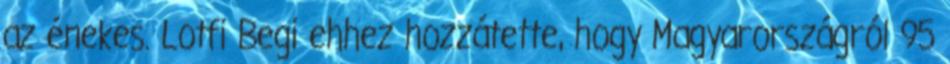
az énekes. Lotfi Begi ehhez hozzátette, hogy Magyarországról 95